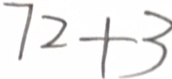
7 2 + 3